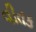
વીતક